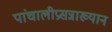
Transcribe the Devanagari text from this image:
पांचालीप्रसन्नाख्यान